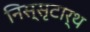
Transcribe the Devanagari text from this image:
निस्सृटार्थ